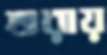
শুরায়